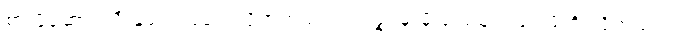
စားဖိုဆောင်သီးနှံများ ဖြဲပေးလိုက်တယ်ပါကင်ဖွင့်မှာမို့ ဒုံးပျံများဖြင့် ဖိတိုးလိုက်သည်